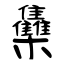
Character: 雧